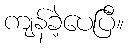
ကျန်ခဲ့ပေပြီ။